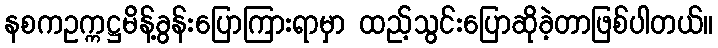
နစကဥက္ကဋ္ဌမိန့်ခွန်းပြောကြားရာမှာ ထည့်သွင်းပြောဆိုခဲ့တာဖြစ်ပါတယ်။